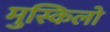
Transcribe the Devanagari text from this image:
मुस्किलो